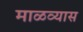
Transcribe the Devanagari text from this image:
माळव्यास